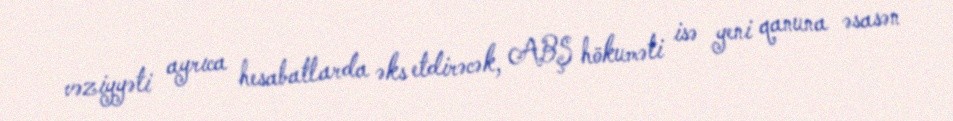
vəziyyəti ayrıca hesabatlarda əks etdirəcək, ABŞ hökuməti isə yeni qanuna əsasən